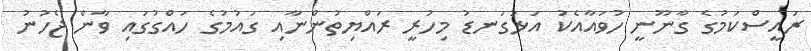
ރައީސްކަމުގެ ގާނޫނީ ހުވައާއެކު އަޅުގަނޑު މިހުރީ ރައްޔިތުންނާއި ގައުމުގެ ހައްގުގައި ވާން ޖެހުނު